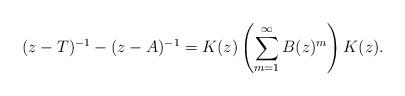
LaTeX: \begin{align*}(z-T)^{-1} - (z-A)^{-1} = K(z) \left(\sum_{m=1}^\infty B(z)^m \right) K(z).\end{align*}